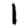
Digit: 1